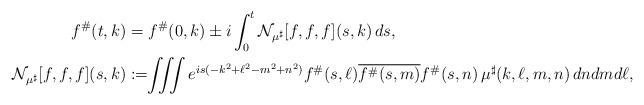
LaTeX: \begin{align*}f^{\#}(t,k) & = f^{\#}(0,k) \pm i \int_{0}^{t} \mathcal{N}_{\mu^\sharp}[f,f,f](s,k) \, ds,\\ \mathcal{N}_{\mu^\sharp}[f,f,f](s,k) & := \!\! \iiint e^{is(-k^2+\ell^2-m^2+n^2)}f^{\#}(s,\ell)\overline{f^{\#}(s,m)}f^{\#}(s,n) \, \mu^\sharp(k,\ell,m,n) \,dndmd\ell,\end{align*}